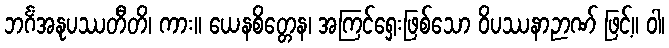
ဘင်္ဂံအနုပဿတီတိ၊ ကား။ ယေနစိတ္တေန၊ အကြင်ရှေးဖြစ်သော ဝိပဿနာဉာဏ် ဖြင့်။ ဝါ၊